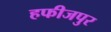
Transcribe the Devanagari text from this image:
हफीजपुर